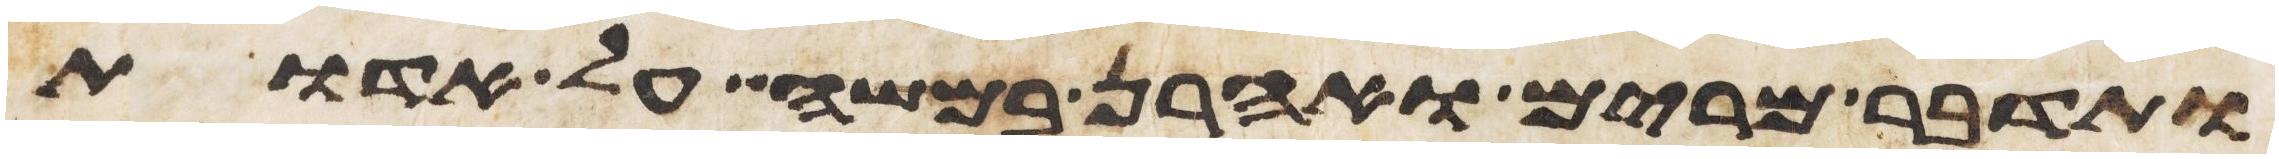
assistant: ותדבר מרים ואהרן במשה על אדות